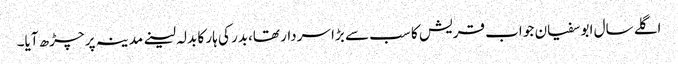
اگلے سال ابو سفیان جو اب قریش کا سب سے بڑا سردار تھا،بدر کی ہار کا بدلہ لینے مدینہ پر چڑھ آیا۔